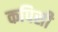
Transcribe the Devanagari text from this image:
कपिसी